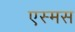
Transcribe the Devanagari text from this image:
एस्मस